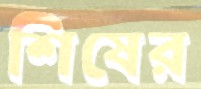
শিষের